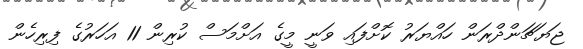
ޖަޔަޗަންދްރަން ހައްޔަރު ކޮށްފައި ވަނީ މީގެ އަށްމަސް ކުރިން 11 އަހަރުގެ ފިރިހެން